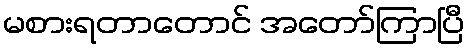
မစားရတာတောင် အတော်ကြာပြီ